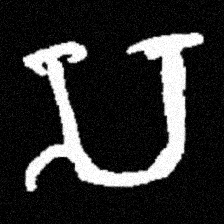
Pyu character \u2014 Myanmar letter: သ (romanized: sa)